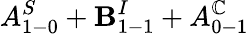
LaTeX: A_{1-0}^{S}+\mathbf{B}_{1-1}^{I}+A_{0-1}^{\mathbb{C}}